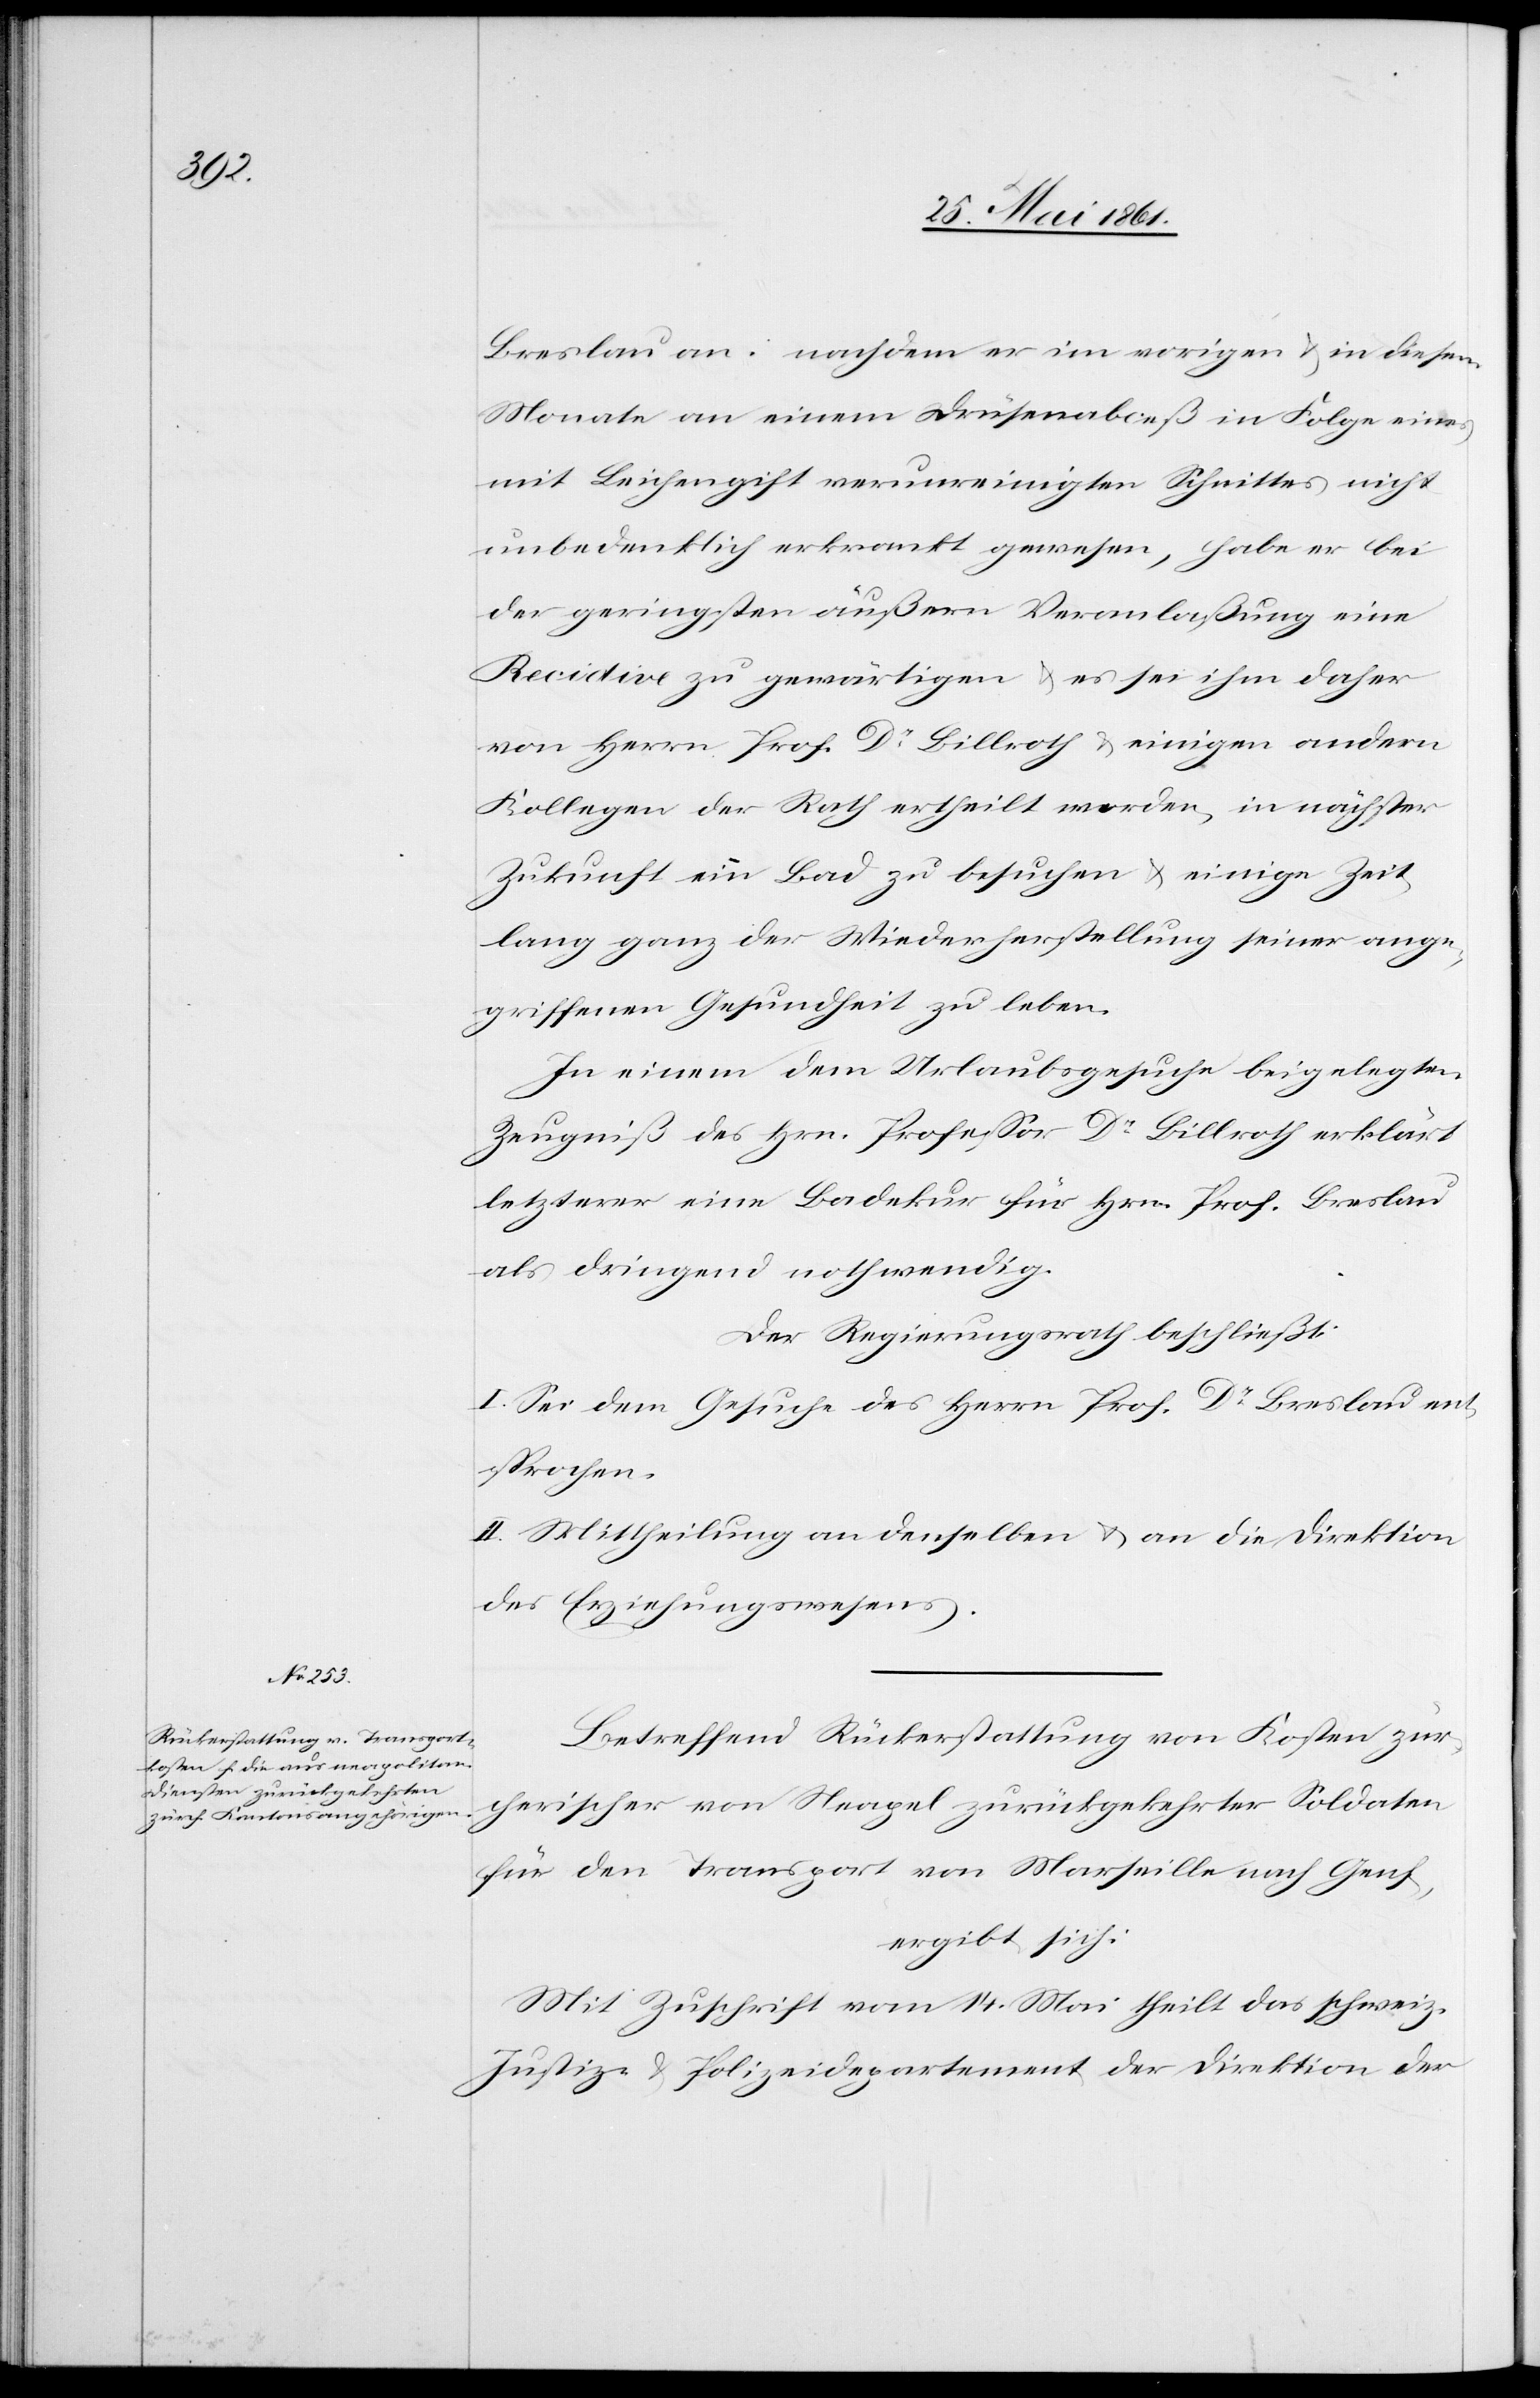
Breslau an: nachdem er im vorigen u. in diesem
Monate an einem Drüsenabceß in Folge eines
mit Leichengift verunreinigten Schnittes nicht
unbedenklich erkrankt gewesen, habe er bei
der geringsten äußern Veranlaßung eine
Recidive zu gewärtigen u. es sei ihm daher
von Herrn Prof. Dr. Billroth u. einigen andern
Kollegen der Rath ertheilt worden, in nächster
Zukunft ein Bad zu besuchen u. einige Zeit
lang ganz der Wiederherstellung seiner ange¬
griffenen Gesundheit zu leben.
In einem dem Urlaubsgesuche beigelegten
Zeugniß des Hrn. Professor Dr. Billroth erklärt
letzterer eine Badekur für Hrn. Prof. Breslau
als dringend nothwendig.
Der Regierungsrath beschließt:
I. Sei dem Gesuche des Herrn Prof. Dr. Breslau ent¬
sprochen.
II. Mittheilung an denselben u. an die Direktion
des Erziehungswesens.
Betreffend Rückerstattung von Kosten zür¬
cherischer von Neapel zurückgekehrter Soldaten
für den Transport von Marseille nach Genf,
ergibt sich:
Mit Zuschrift vom 14. Mai theilt das schweiz.
Justiz- u. Polizeidepartement der Direktion der